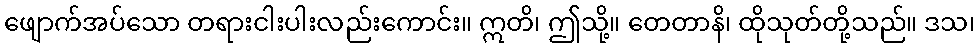
ဖျောက်အပ်သော တရားငါးပါးလည်းကောင်း။ ဣတိ၊ ဤသို့။ တေတာနိ၊ ထိုသုတ်တို့သည်။ ဒသ၊